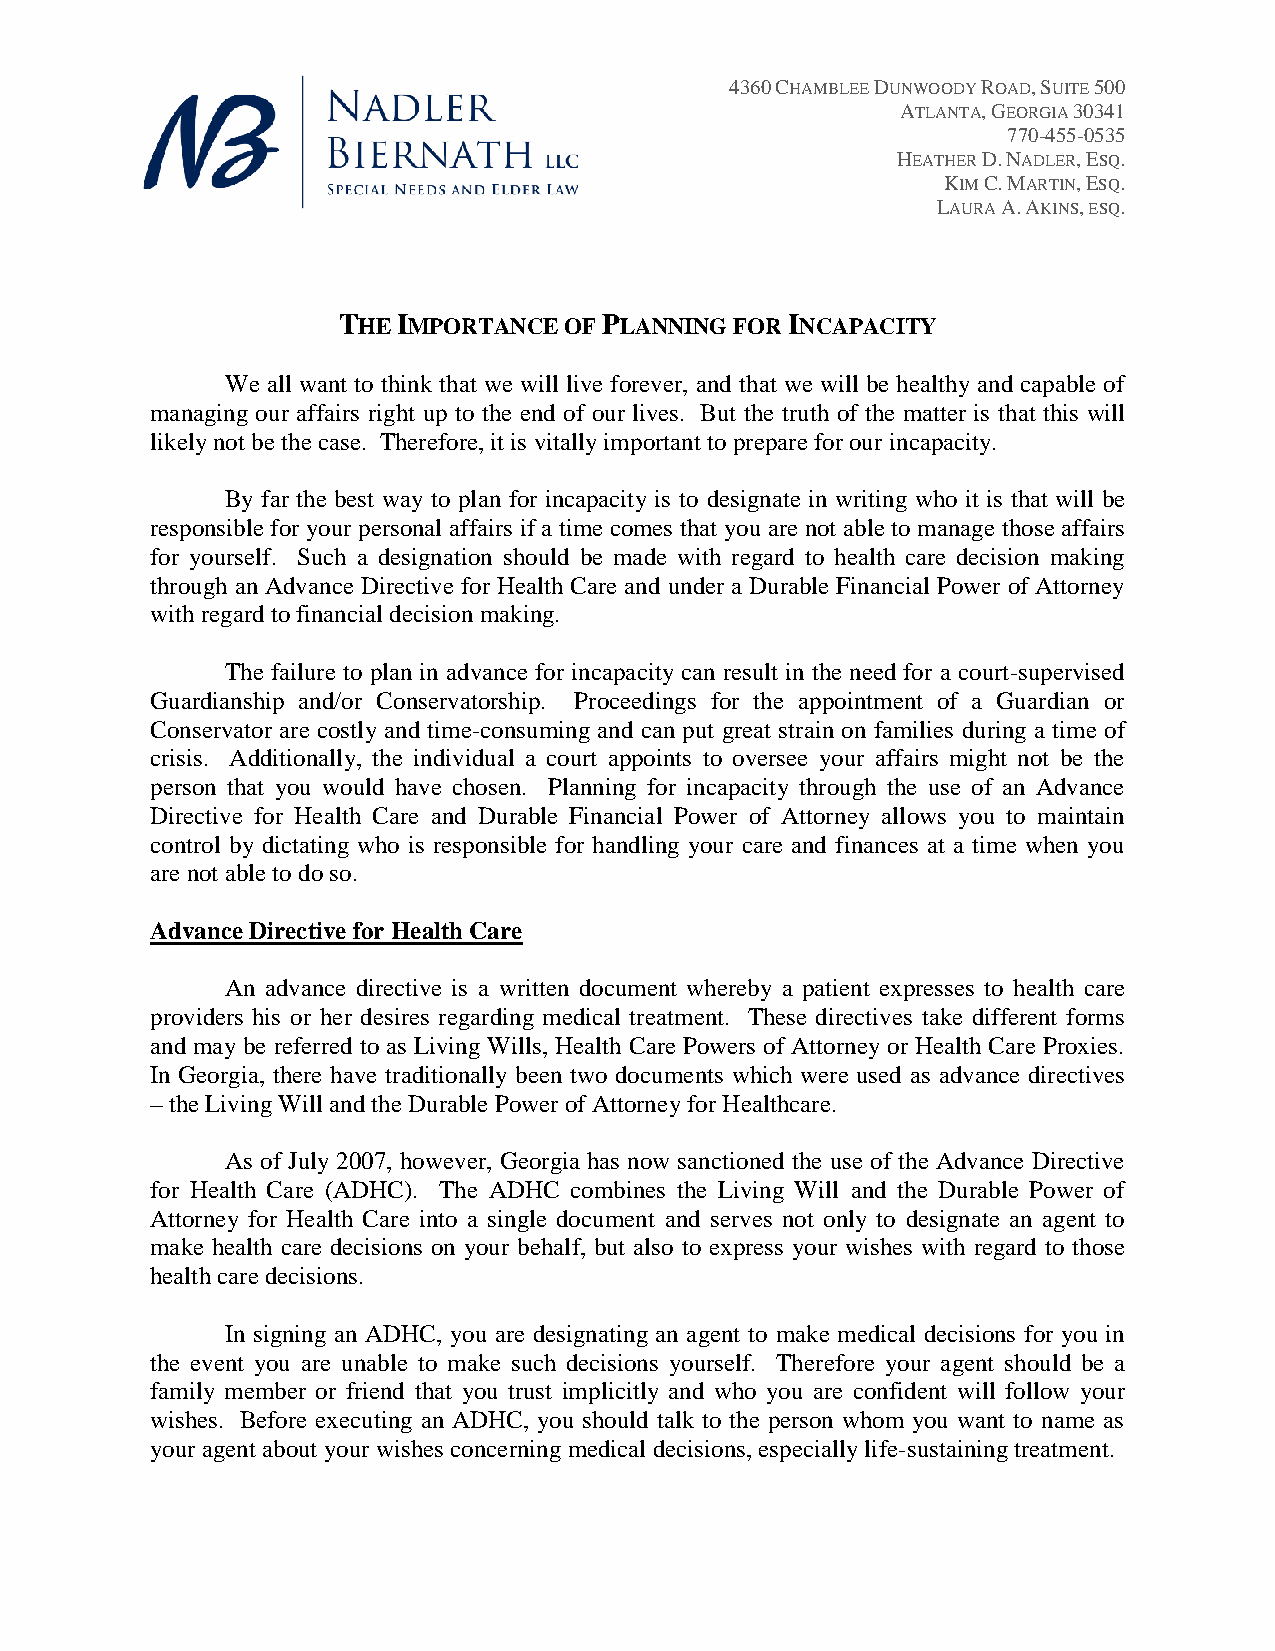
4360 CHAMBLEE DUNWOODY ROAD, SUITE 500
 ATLANTA, GEORGIA 30341
 770-455-0535
 HEATHER D. NADLER, ESQ.
 KIM C. MARTIN, ESQ.
 LAURA A. AKINS, ESQ.
 THE IMPORTANCE OF PLANNING FOR INCAPACITY
 We all want to think that we will live forever, and that we will be healthy and capable of
 managing our affairs right up to the end of our lives. But the truth of the matter is that this will
 likely not be the case. Therefore, it is vitally important to prepare for our incapacity.
 By far the best way to plan for incapacity is to designate in writing who it is that will be
 responsible for your personal affairs if a time comes that you are not able to manage those affairs
 for yourself. Such a designation should be made with regard to health care decision making
 through an Advance Directive for Health Care and under a Durable Financial Power of Attorney
 with regard to financial decision making.
 The failure to plan in advance for incapacity can result in the need for a court-supervised
 Guardianship and/or Conservatorship. Proceedings for the appointment of a Guardian or
 Conservator are costly and time-consuming and can put great strain on families during a time of
 crisis. Additionally, the individual a court appoints to oversee your affairs might not be the
 person that you would have chosen. Planning for incapacity through the use of an Advance
 Directive for Health Care and Durable Financial Power of Attorney allows you to maintain
 control by dictating who is responsible for handling your care and finances at a time when you
 are not able to do so.
 Advance Directive for Health Care
 An advance directive is a written document whereby a patient expresses to health care
 providers his or her desires regarding medical treatment. These directives take different forms
 and may be referred to as Living Wills, Health Care Powers of Attorney or Health Care Proxies.
 In Georgia, there have traditionally been two documents which were used as advance directives
 – the Living Will and the Durable Power of Attorney for Healthcare.
 As of July 2007, however, Georgia has now sanctioned the use of the Advance Directive
 for Health Care (ADHC). The ADHC combines the Living Will and the Durable Power of
 Attorney for Health Care into a single document and serves not only to designate an agent to
 make health care decisions on your behalf, but also to express your wishes with regard to those
 health care decisions.
 In signing an ADHC, you are designating an agent to make medical decisions for you in
 the event you are unable to make such decisions yourself. Therefore your agent should be a
 family member or friend that you trust implicitly and who you are confident will follow your
 wishes. Before executing an ADHC, you should talk to the person whom you want to name as
 your agent about your wishes concerning medical decisions, especially life-sustaining treatment.